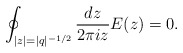
\begin{align*}\oint_{|z|=|q|^{-1/2}} \frac{dz}{2\pi i z} E(z)=0.\end{align*}